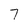
Character: 7